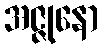
အဇ္ဇုနော